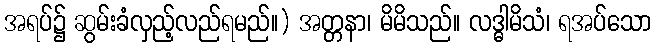
အရပ်၌ ဆွမ်းခံလှည့်လည်ရမည်။) အတ္တနာ၊ မိမိသည်။ လဒ္ဓါမိသံ၊ ရအပ်သော